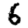
Digit: 6